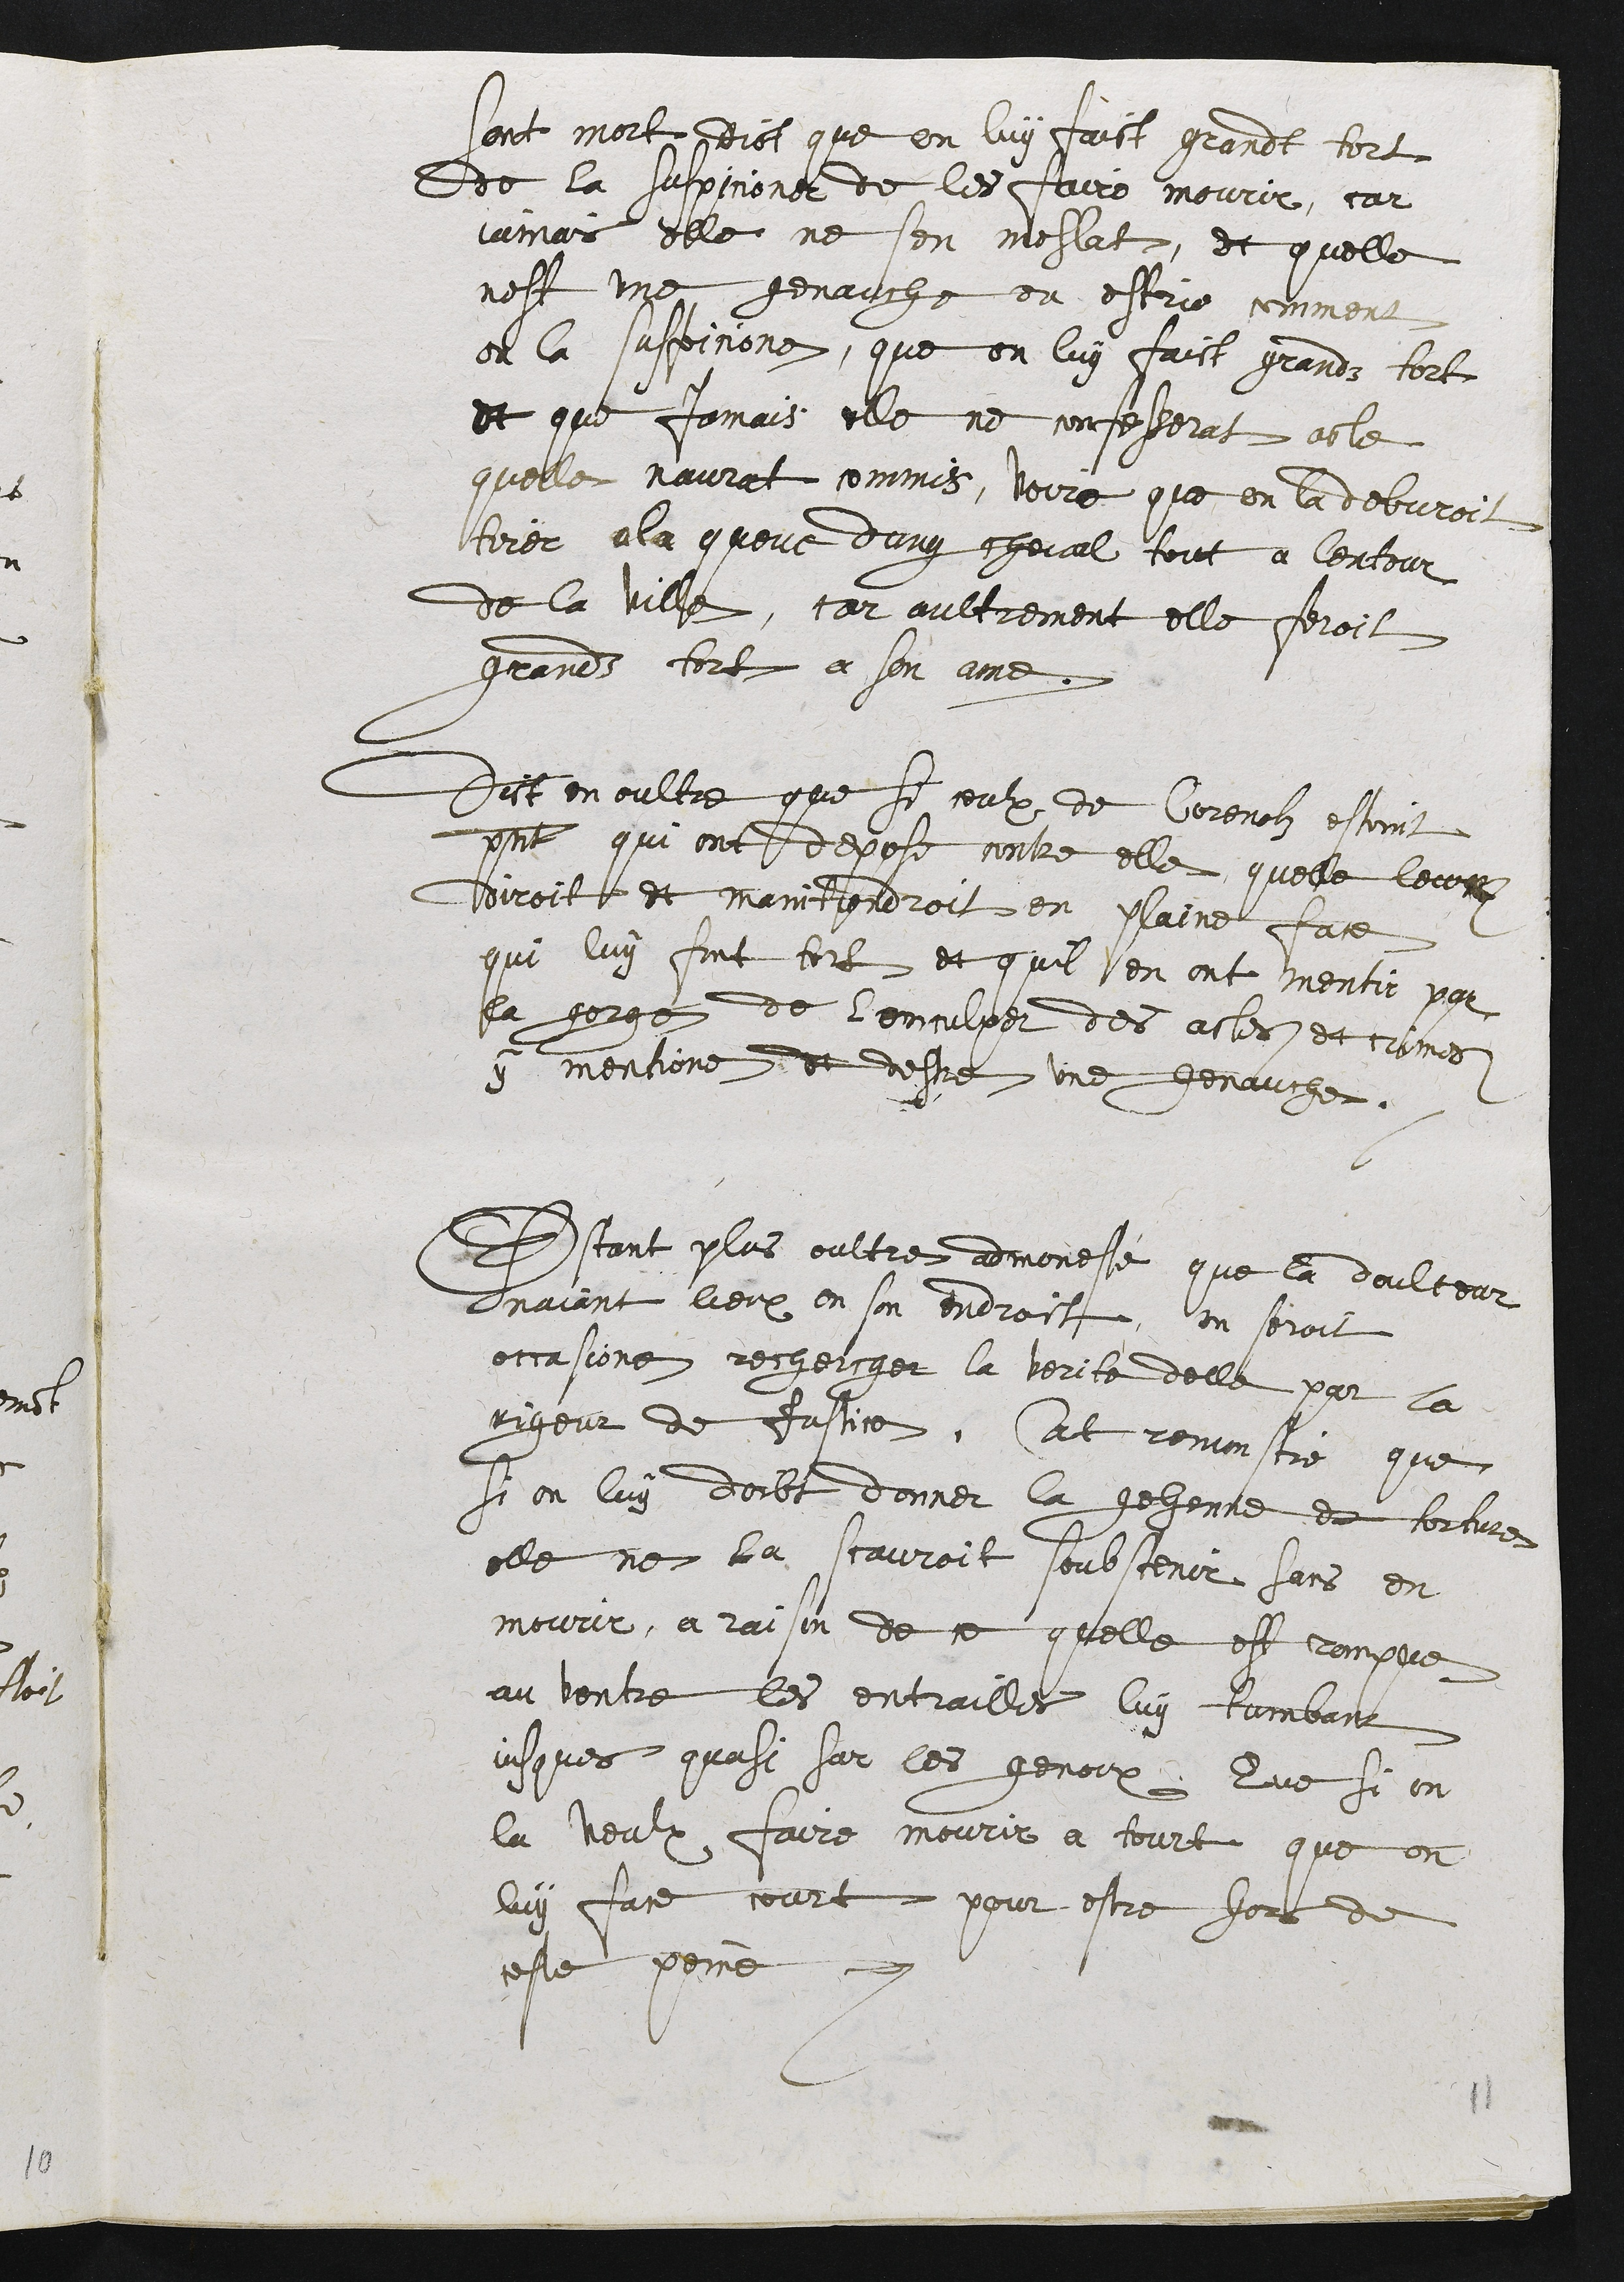
Sont mort dict que on luy faict grandt tort
de la suspicione de les faire mourir, car
iamais elle ne sen meslat, et quelle
nest une genauche ou estr[ie] comment
on la suspisione, que on luy faict grandt tort
et que jamais elle ne confesserat acte
quelle naurat commis, voire que on la debvroit
tirer ala queue dung cheval tout a lentour
de la ville, car oultrement elle feroit
grands tort a son ame.
Dict en oultre que si ceulx de Corenolz estoient
p[resen]t qui ont depose contre elle, quelle leur
diroit et maintiendroit en pleine face
qui luy fond tort et quil en ont mentir par
la gorge de l[e]nculper des actes et crimes
y mentione et destre une genauche.
Estant plus oultres adomesté que la doulceur
N’aiant lieux en son endroit, on seroit
occasione rechercher la verite delle par la
rigueur de justice. At remonstré que
si on luy doibt donner la gehenne de torture
elle ne la scauroit soubstenir sans en
mourir, a raison de ce quelle est rompue
au ventre les entrailles luy tombant
iusques quasi sur les genoux. Que si on
la veulx faire mourir a tourt que on
luy face court pour estre hors de
ceste peine.